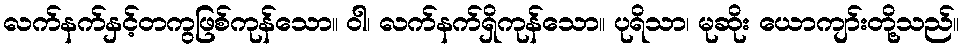
လက်နက်နှင့်တကွဖြစ်ကုန်သော။ ဝါ၊ လက်နက်ရှိကုန်သော။ ပုရိသာ၊ မုဆိုး ယောကျာ်းတို့သည်။